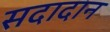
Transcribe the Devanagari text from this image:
सदादान